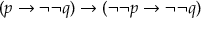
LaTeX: ( p \to \neg \neg q ) \to ( \neg \neg p \to \neg \neg q )